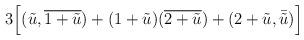
LaTeX: \begin{align*}3 \Bigl[(\tilde{u},\overline{1+\tilde{u}})+(1+\tilde{u})(\overline{2+\tilde{u}})+(2+\tilde{u},\bar{\tilde{u}})\Bigr]\end{align*}